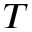
T